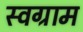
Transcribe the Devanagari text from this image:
स्वग्राम